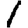
Digit: 1